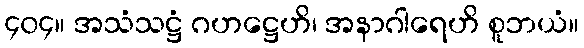
၄၀၄။ အသံသဋ္ဌံ ဂဟဋ္ဌေဟိ၊ အနာဂါရေဟိ စူဘယံ။